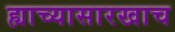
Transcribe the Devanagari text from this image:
ह्याच्यासारखाच